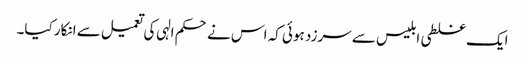
ایک غلطی ابلیس سے سرزد ہوئی کہ اس نے حکم الہی کی تعمیل سے انکار کیا۔